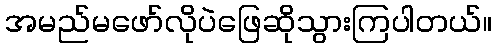
အမည်မဖော်လိုပဲဖြေဆိုသွားကြပါတယ်။